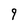
Character: 9